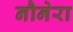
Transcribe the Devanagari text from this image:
नौनेरा